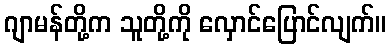
ဂျာမန်တို့က သူတို့ကို လှောင်ပြောင်လျက်။